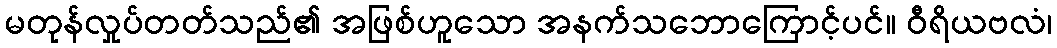
မတုန်လှုပ်တတ်သည်၏ အဖြစ်ဟူသော အနက်သဘောကြောင့်ပင်။ ဝီရိယဗလံ၊